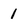
Character: 1